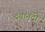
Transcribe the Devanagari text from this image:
दयानंदो